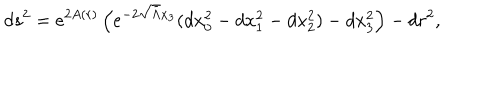
d s ^ { 2 } = e ^ { 2 A ( r ) } \left( e ^ { - 2 \sqrt { \bar { \Lambda } } x _ { 3 } } ( d x _ { 0 } ^ { 2 } - d x _ { 1 } ^ { 2 } - d x _ { 2 } ^ { 2 } ) - d x _ { 3 } ^ { 2 } \right) - d r ^ { 2 } ,